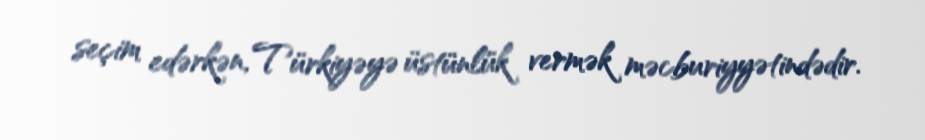
seçim edərkən, Türkiyəyə üstünlük vermək məcburiyyətindədir.